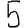
Digit: 5